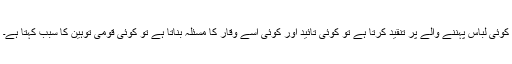
کوئی لباس پہننے والے پر تنقید کرتا ہے تو کوئی تائید اور کوئی اسے وقار کا مسئلہ بناتا ہے تو کوئی قومی توہین کا سبب کہتا ہے۔